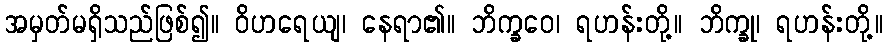
အမှတ်မရှိသည်ဖြစ်၍။ ဝိဟရေယျ၊ နေရာ၏။ ဘိက္ခဝေ၊ ရဟန်းတို့။ ဘိက္ခု၊ ရဟန်းတို့။